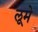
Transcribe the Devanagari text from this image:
लूमे